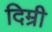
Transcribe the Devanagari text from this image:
दिम्री